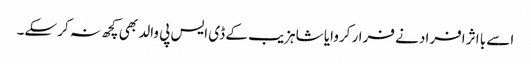
اسے با اثر افراد نے فرار کروایا شاہزیب کے ڈی ایس پی والد بھی کچھ نہ کر سکے۔